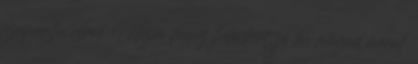
szaporítja véred, Hízni fogsz hetenként, jó ha magad méred.